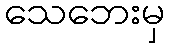
သေဘေးမှ